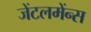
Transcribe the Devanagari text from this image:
जेंटलमेंन्स